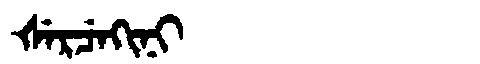
Manchu: ᡧᡝᡵᠴᡝᡴᡳᠨᡳ
Romanization: ŠERCEKINI